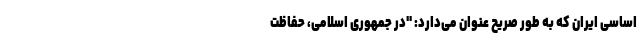
اساسی ایران که به طور صریح عنوان می‌دارد: "در جمهوری اسلامی، حفاظت